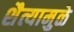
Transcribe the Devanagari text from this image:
शैत्यामुळे